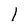
Character: l